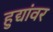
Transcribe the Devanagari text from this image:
हुद्यांवर